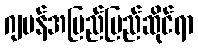
ဂျပန်အပြည်ပြည်ဆိုင်ရာ